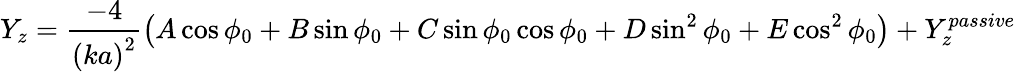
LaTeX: Y_{z}=\frac{-4}{\left(ka\right)^{2}}\left(A\cos\phi_{0}+B\sin\phi_{0}+C\sin\phi_{0}\cos\phi_{0}+D\sin^{2}\phi_{0}+E\cos^{2}\phi_{0}\right)+Y_{z}^{passive}